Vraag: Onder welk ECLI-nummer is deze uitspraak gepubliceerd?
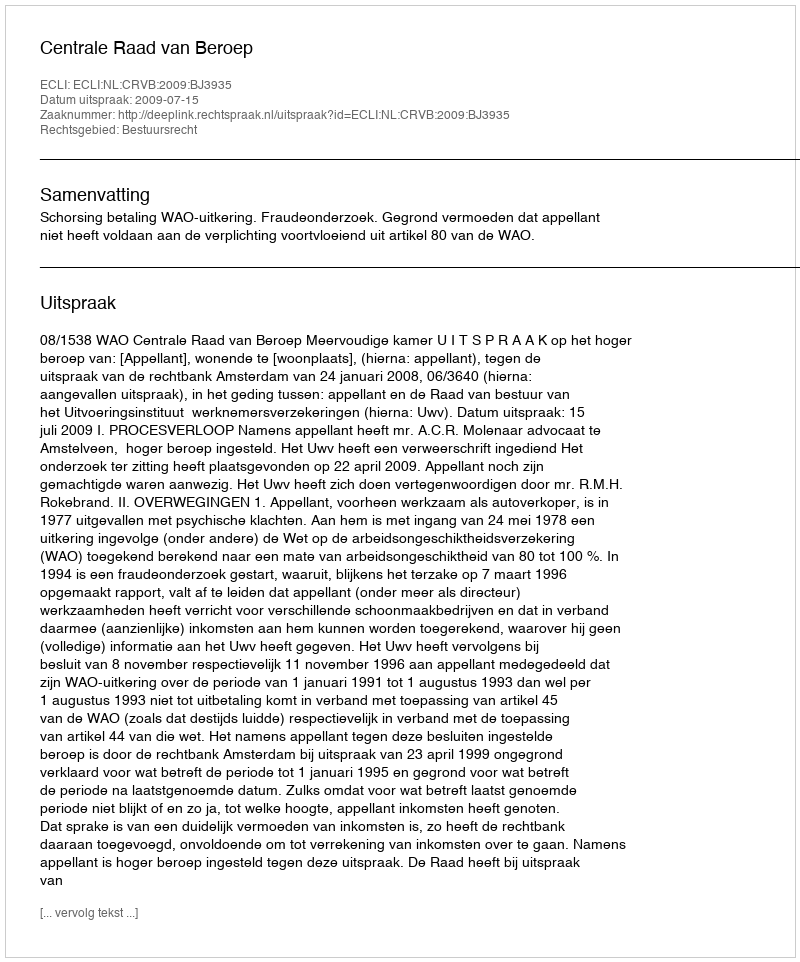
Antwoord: ECLI:NL:CRVB:2009:BJ3935